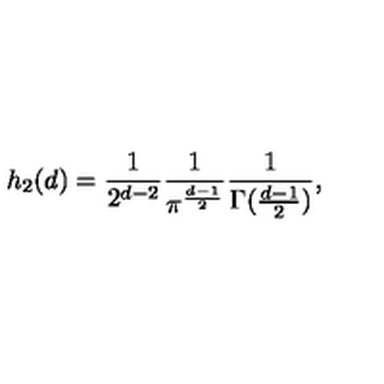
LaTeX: h _ { 2 } ( d ) = \frac { 1 } { 2 ^ { d - 2 } } \frac { 1 } { \pi ^ { \frac { d - 1 } { 2 } } } \frac { 1 } { \Gamma ( \frac { d - 1 } { 2 } ) } ,